Vaccination North-Western Provinces and Oudh 1896-1901 - 1896-1901
Year: 1896
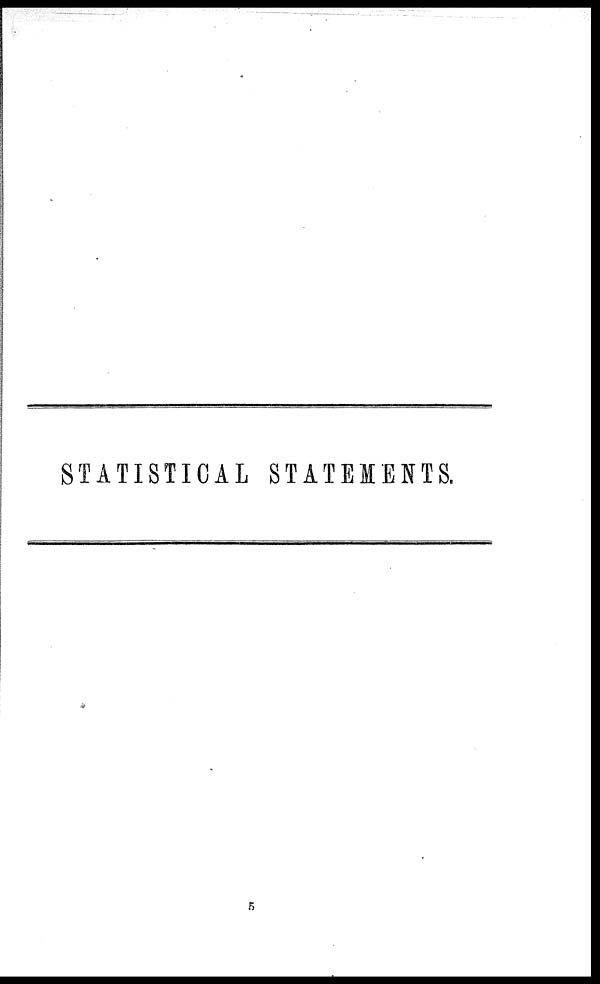
STATISTICAL STATEMENTS.
5